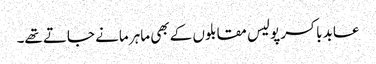
عابد باکسر پولیس مقابلوں کے بھی ماہر مانے جاتے تھے۔